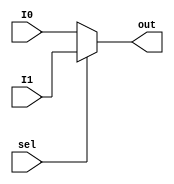
module Mux2to1 #(parameter W = 32) (
    input sel,
    input [W-1:0] I0,I1,
    output [W-1:0] out
);

assign out = sel ? I1 : I0;
endmodule